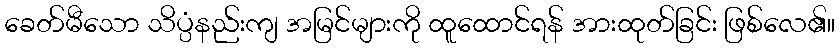
ခေတ်မီသော သိပ္ပံနည်းကျ အမြင်များကို ထူထောင်ရန် အားထုတ်ခြင်း ဖြစ်လေ၏။